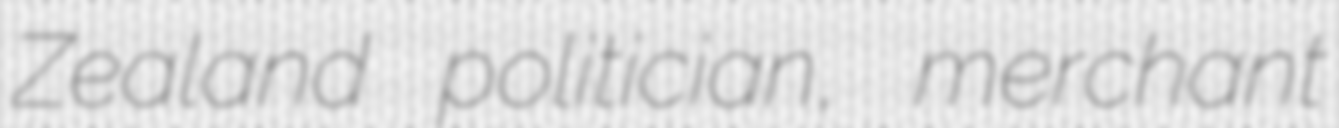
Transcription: Zealand politician, merchant